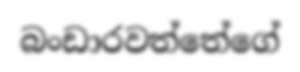
බංඩාරවත්තේගේ